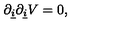
\partial _ { \underline { { i } } } \partial _ { \underline { { i } } } V = 0 ,